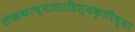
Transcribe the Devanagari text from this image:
लेखकाच्यासाहित्यकृतीच्या